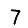
Digit: 7